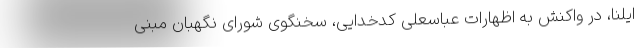
ایلنا، در واکنش به اظهارات عباسعلی کدخدایی، سخنگوی شورای نگهبان مبنی